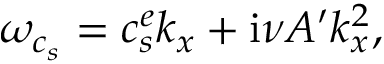
\omega _ { c _ { s } } = c _ { s } ^ { e } k _ { x } + \mathrm { i } \nu A { ' } k _ { x } ^ { 2 } ,